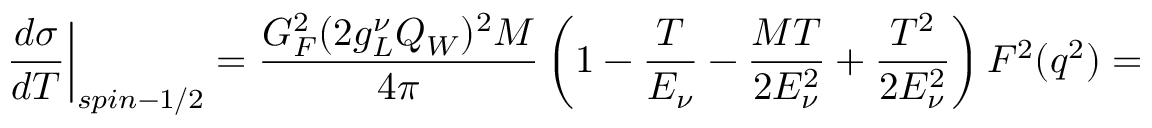
\left. \frac { d \sigma } { d T } \right\vert _ { s p i n - 1 / 2 } = \frac { G _ { F } ^ { 2 } ( 2 g _ { L } ^ { \nu } Q _ { W } ) ^ { 2 } M } { 4 \pi } \left( 1 - \frac { T } { E _ { \nu } } - \frac { M T } { 2 E _ { \nu } ^ { 2 } } + \frac { T ^ { 2 } } { 2 E _ { \nu } ^ { 2 } } \right) F ^ { 2 } ( q ^ { 2 } ) =